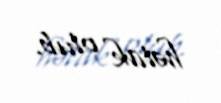
həlak olub.